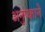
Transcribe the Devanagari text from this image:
अनुष्काने